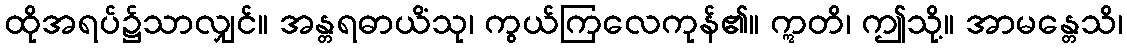
ထိုအရပ်၌သာလျှင်။ အန္တရဓာယိံသု၊ ကွယ်ကြလေကုန်၏။ ဣတိ၊ ဤသို့။ အာမန္တေသိ၊